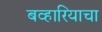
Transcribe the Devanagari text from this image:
बव्हारियाचा